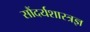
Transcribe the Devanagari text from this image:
सौंदर्यशास्त्रज्ञ